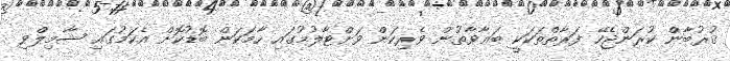
ޤުރުބާން ކުރަންޖެހޭ ފަރާތްތަކަކީ ބަޣާޥާތުން ވެރިކަން ވަށްޓާލުމުގައި ހާމަކަން ބޮޑުކޮށް އެކަމުގައި ޝާމިލްވި